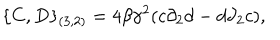
\{ C , D \} _ { ( 3 , 2 ) } = 4 \beta { \gamma } ^ { 2 } ( c { \partial } _ { 2 } d - d { \partial } _ { 2 } c ) ,